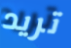
تريد